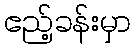
ဧည့်ခန်းမှာ